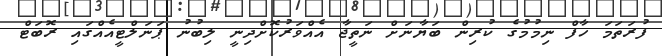
ފުރަތަމަ ހާފް ނިމުމުގެ ކުރިން ބަޔާނަށް ނަތީޖާ އެއްވަރުކޮށްދިނީ ލިބުނު ޕަނަލްޓީއެއްގައި ރޮބަޓް